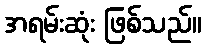
အရမ်းဆုံး ဖြစ်သည်။